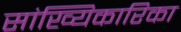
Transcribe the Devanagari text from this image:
सांख्यिकारिका